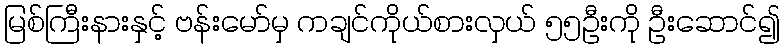
မြစ်ကြီးနားနှင့် ဗန်းမော်မှ ကချင်ကိုယ်စားလှယ် ၅၅ဦးကို ဦးဆောင်၍